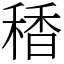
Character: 䅨